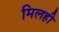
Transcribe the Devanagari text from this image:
मिलही